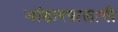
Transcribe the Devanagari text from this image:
भांडारपालाची